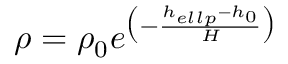
\rho = \rho _ { 0 } e ^ { \big ( - \frac { h _ { e l l p } - h _ { 0 } } { H } \big ) }